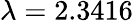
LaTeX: \lambda=2.3416